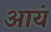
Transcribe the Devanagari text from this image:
आयं